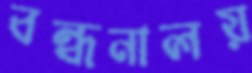
বন্ধনালয়